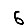
Digit: 6